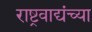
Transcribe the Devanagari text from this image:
राष्ट्रवाद्यंच्या